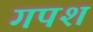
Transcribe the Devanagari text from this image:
गपश